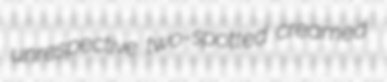
unrespective two-spotted creamed